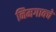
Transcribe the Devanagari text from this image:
निमगावचे